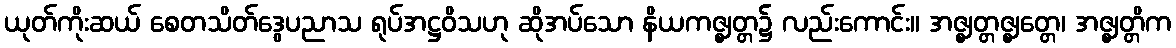
ယုတ်ကိုးဆယ် စေတသိတ်ဒွေပညာသ ရုပ်အဋ္ဌဝိသဟု ဆိုအပ်သော နိယကဇ္ဈတ္တ၌ လည်းကောင်း။ အဇ္ဈတ္တဇ္ဈတ္တေ၊ အဇ္ဈတ္တိက